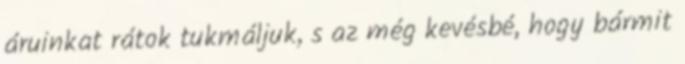
áruinkat rátok tukmáljuk, s az még kevésbé, hogy bármit